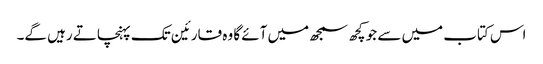
اس کتاب میں سے جو کچھ سمجھ میں آئے گا وہ قارئین تک پہنچاتے رہیں گے۔